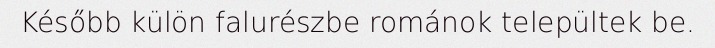
Később külön falurészbe románok települtek be.